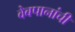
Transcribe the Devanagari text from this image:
वेबपानांची